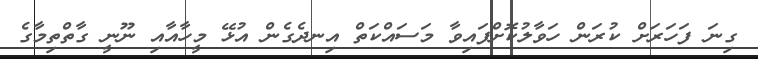
ގިނަ ފަހަރަށް ކުރަން ހަވާލުކޮށްފައިވާ މަސައްކަތް އިނދެގެން އުޅޭ މީހާއާއި ނޫނީ ގާތްތިމާގެ